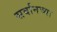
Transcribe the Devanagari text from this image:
सर्वानच्या